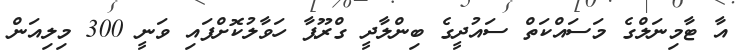
އާ ޓާމިނަލްގެ މަސައްކަތް ސައުދީގެ ބިންލާދީ ގްރޫޕާ ހަވާލުކޮށްފައި ވަނީ 300 މިލިއަން